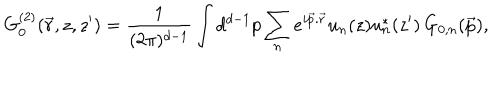
G _ { 0 } ^ { ( 2 ) } ( \vec { r } , z , z ^ { \prime } ) = \frac { 1 } { ( 2 \pi ) ^ { d - 1 } } \int d ^ { d - 1 } p \sum _ { n } e ^ { i \vec { p } . \vec { r } } u _ { n } ( z ) u _ { n } ^ { * } ( z ^ { \prime } ) \, G _ { 0 , n } ( \vec { p } ) ,